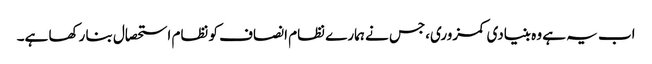
اب یہ ہے وہ بنیادی کمزوری،جس نے ہمارے نظام انصاف کو نظام استحصال بنا رکھا ہے۔